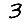
Digit: 3